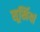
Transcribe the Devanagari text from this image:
सूर्खियां